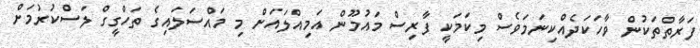
ފަރާތްތަކުން ވާހަކަދެއްކިނަމަވެސް މިކަމަކީ ފާރިސް މައުމޫން އަމިއްލައަށް މި މައްސަލައިގެ ތަހްގީގް ލަސްކުރުމަށް